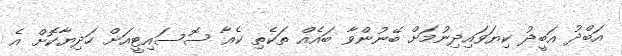
އަބްދު އަބީދު ކިޔަވައިދިނުމަށް ބޭނުންވާ ބައެއް ތަކެތި ކެއާ ސޮސައިޓީއަށް ހަދިޔާކޮށް އެ